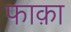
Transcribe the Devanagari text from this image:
फाक़ा